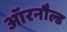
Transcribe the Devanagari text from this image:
ऑरनौल्ड